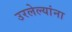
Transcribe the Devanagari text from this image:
उरलेल्यांना